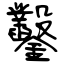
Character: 鑿